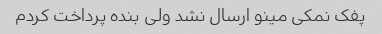
پفک نمکی مینو ارسال نشد ولی بنده پرداخت کردم